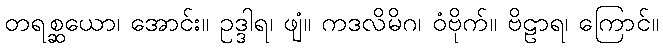
တရစ္ဆယော၊ အောင်း။ ဥဒ္ဒါရ၊ ဖျံ။ ကဒလိမိဂ၊ ဝံဗိုက်။ ဗိဠာရ၊ ကြောင်။